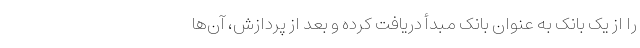
را از یک بانک به عنوان بانک مبدأ دریافت کرده و بعد از پردازش، آن‌ها